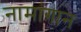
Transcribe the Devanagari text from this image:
नामांगान